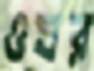
ওঘর